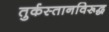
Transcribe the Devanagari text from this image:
तुर्कस्तानविरूद्ध